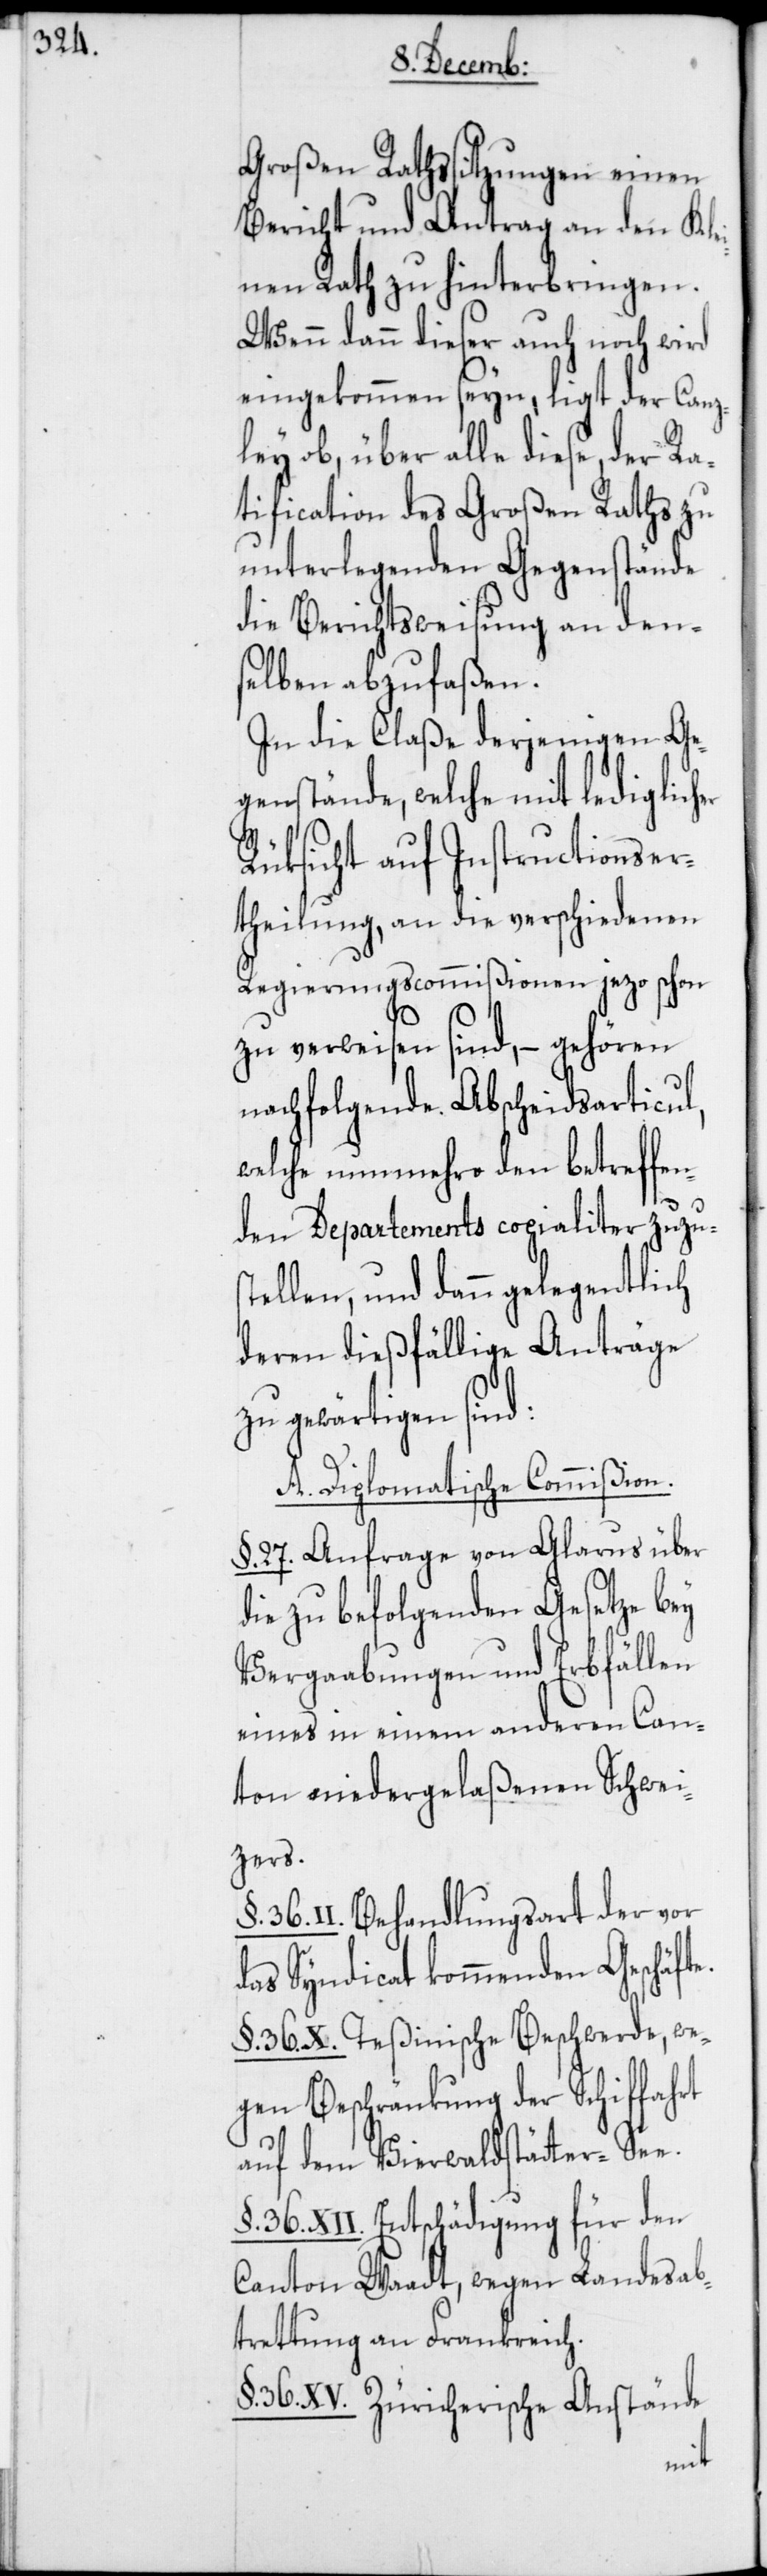
Großen Rathssitzungen einen
Bericht und Antrag an den Kle¬
inen Rath zu hinterbringen.
Wenn dann dieser auch noch wird
eingekommen seyn, ligt der Canz¬
ley ob, über alle diese, der Ra¬
tification des Großen Raths zu
unterlegenden Gegenstände
die Berichtsweisung an den¬
selben abzufaßen.
In die Claße derjenigen Ge¬
genstände, welche mit lediglich¬
Rüksicht auf Instructionser¬
theilung, an die verschiedenen
Regierungscommißionen jezo schon
zu verweisen sind, – gehören
nachfolgende Abscheidsarticul,
welche nunmehro den betreffe¬
nden Departements copialiter zuzus¬
tellen, und dann gelegentlich
deren dießfällige Anträge
zu gewärtigen sind:
A. Diplomatische Commißion.
§. 27. Anfrage von Glarus über
die zu befolgenden Gesetze bey
Vergaabungen und Erbfällen
eines in einem anderen Can¬
ton niedergelaßenen Schwei¬
te.
36. II. Behandlungsart der vor
das Syndicat kommenden Geschäf¬
§. 36. X. Teßinische Beschwerde, we¬
gen Beschränkung der Schiffahrt
auf dem Vierwaldstätter-See.
§. 36. XII. Entschädigung für den
Canton Waadt, wegen Landesab¬
trettung an Frankreich.
§. 36. XV. Zürcherische Anstände
er